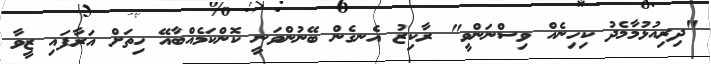
"ދިރިއުޅުމާމެދު ކިހިނެއް ވިސްނަންވީ" ރާކިޒު އެނގެން ބޭނުންވަނީ ކޮންކަމެއްބާއޭ ހިތަށް އަރާފައި ޒީވާ